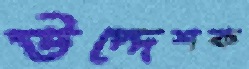
উদ্দেশক